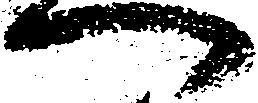
へ